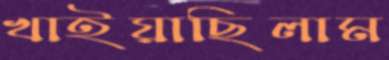
খাইয়াছিলাম